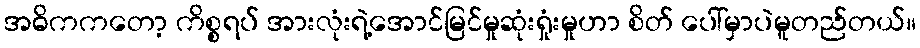
အဓိကကတော့ ကိစ္စရပ် အားလုံးရဲ့အောင်မြင်မှုဆုံးရှုံးမှုဟာ စိတ် ပေါ်မှာပဲမူတည်တယ်။